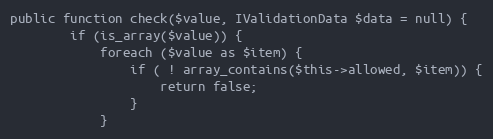
Language: PHP
public function check($value, IValidationData $data = null) {
        if (is_array($value)) {
            foreach ($value as $item) {
                if ( ! array_contains($this->allowed, $item)) {
                    return false;
                }
            }